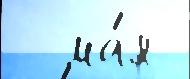
  ма́я